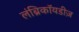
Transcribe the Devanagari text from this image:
लंब्रिकॉयडीज़